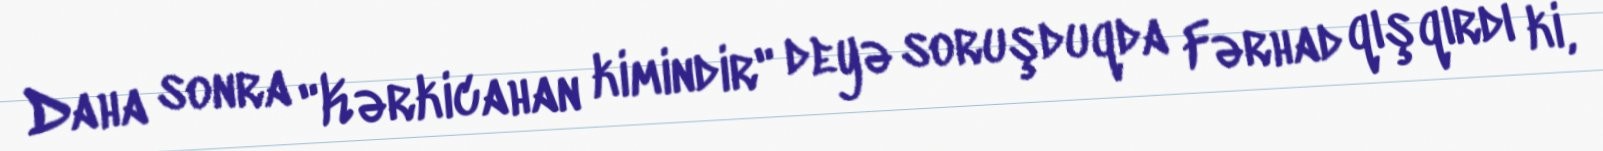
Daha sonra "Kərkicahan kimindir" deyə soruşduqda Fərhad qışqırdı ki,